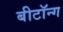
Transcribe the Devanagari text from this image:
बीटॉन्ग